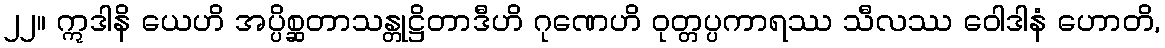
၂၂။ ဣဒါနိ ယေဟိ အပ္ပိစ္ဆတာသန္တုဋ္ဌိတာဒီဟိ ဂုဏေဟိ ဝုတ္တပ္ပကာရဿ သီလဿ ဝေါဒါနံ ဟောတိ,